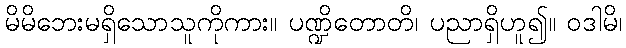
မိမိဘေးမရှိသောသူကိုကား။ ပဏ္ဍိတောတိ၊ ပညာရှိဟူ၍။ ဝဒါမိ၊